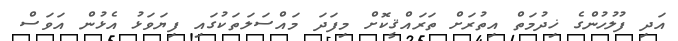
އަދި ފުލުހުންގެ ޚިދުމަތް އިތުރަށް ތަރައްޤީކޮށް މިފަދަ މައްސަލަތަކުގައި ފިޔަވަޅު އެޅުން އަވަސް